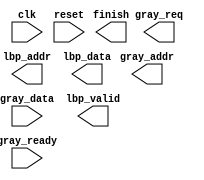

`timescale 1ns/10ps
module LBP ( clk, reset, gray_addr, gray_req, gray_ready, gray_data, lbp_addr, lbp_valid, lbp_data, finish);
input   	clk;
input   	reset;
output  [13:0] 	gray_addr;
output         	gray_req;
input   	gray_ready;
input   [7:0] 	gray_data;
output  [13:0] 	lbp_addr;
output  	lbp_valid;
output  [7:0] 	lbp_data;
output  	finish;
//====================================================================








//====================================================================
endmodule